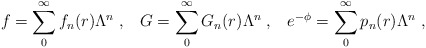
\begin{align*}f = \sum_0^{\infty} f_n (r) \Lambda^n \; , \; \; \;G = \sum_0^{\infty} G_n (r) \Lambda^n \; , \; \; \;e^{- \phi} = \sum_0^{\infty} p_n (r) \Lambda^n \; ,\end{align*}